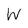
Character: W